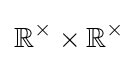
\mathbb {R} ^{\times }\times \mathbb {R} ^{\times }